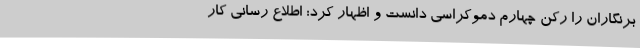
برنگاران را رکن چهارم دموکراسی دانست و اظهار کرد: اطلاع رسانی کار